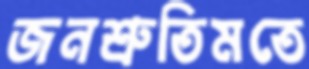
জনশ্রুতিমতে